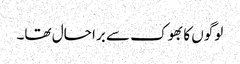
لوگوں کا بھوک سے برا حال تھا۔